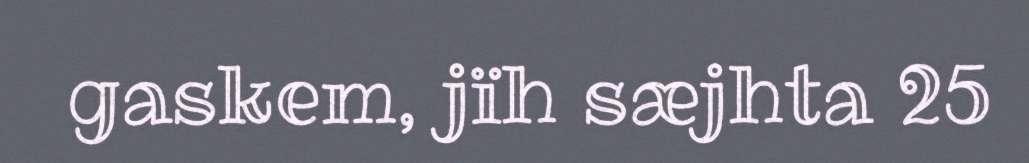
gaskem, jïh sæjhta 25